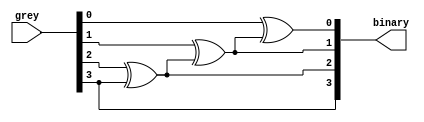
`timescale 1ns / 1ps
//////////////////////////////////////////////////////////////////////////////////
// Company: 
// Engineer: 
// 
// Design Name: 
// Module Name: DecodificadorG-B
// Project Name: 
// Target Devices: 
// Tool Versions: 
// Description: 
// 
// Dependencies: 
// 
// Revision:
// Revision 0.01 - File Created
// Additional Comments:
// 
//////////////////////////////////////////////////////////////////////////////////


module DecodificadorGB #( parameter N = 4 )(
    input [N-1:0] grey ,
    output wire [N-1:0] binary
     );
assign binary[N-1] = grey [N-1];

generate
genvar i;
    for(i=0;i<N-1;i=i+1) begin:b2g
        assign binary[i] = grey[i]^binary[i+1];
    end
endgenerate

endmodule